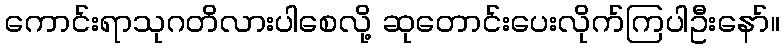
ကောင်းရာသုဂတိလားပါစေလို့ ဆုတောင်းပေးလိုက်ကြပါဦးနော်။